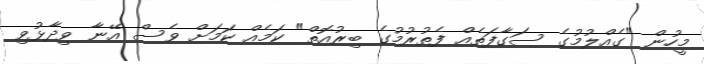
މީހުން "ގެއްލުމުގެ ސަގާފަތެއް ފެތުރުމުގެ ބިރުއޮތް" ކަމެއް ކަމަށް ވެސް އޭނާ ވިދާޅުވި